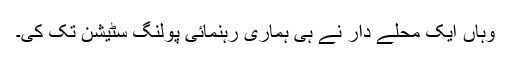
وہاں ایک محلے دار نے ہی ہماری رہنمائی پولنگ سٹیشن تک کی۔